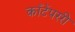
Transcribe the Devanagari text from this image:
काँटेंपररी